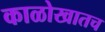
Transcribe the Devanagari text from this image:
काळोखातच